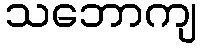
သဘောကျ